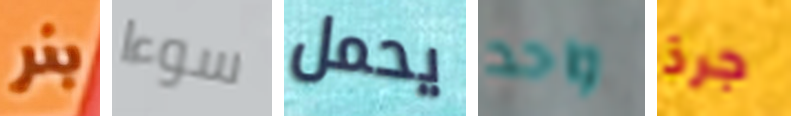
بنر سوءا يحمل واحد جرذ